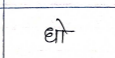
मजकूर: धो